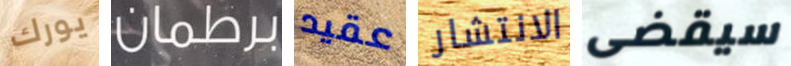
يورك برطمان عقيد الانتشار سيقضى